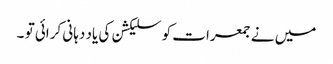
میں نے جمعرات کو سلیکشن کی یاد دہانی کرائی تو ۔